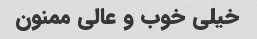
خیلی خوب و عالی ممنون